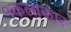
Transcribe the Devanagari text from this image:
१कलाकार